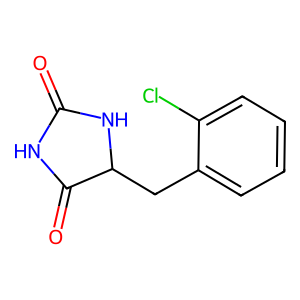
SMILES: O=C1NC(=O)C(Cc2ccccc2Cl)N1
Inhibits HIV replication: No